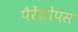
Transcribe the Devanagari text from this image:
पैरेंथ्रोपस